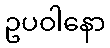
ဥပဝါနော